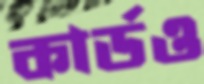
কার্ডও